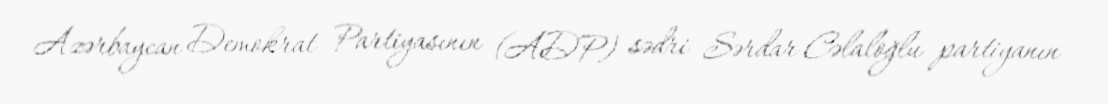
Azərbaycan Demokrat Partiyasının (ADP) sədri Sərdar Cəlaloğlu partiyanın